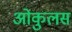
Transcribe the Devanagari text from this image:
ओकुलस